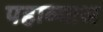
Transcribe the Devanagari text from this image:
पहाव्यास